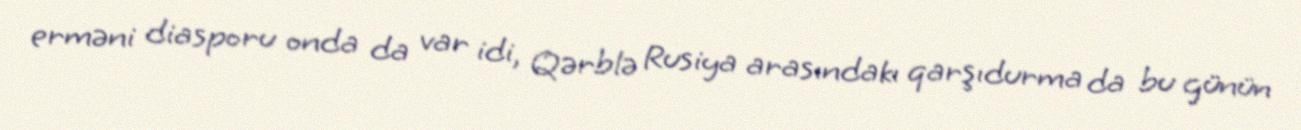
erməni diasporu onda da var idi, Qərblə Rusiya arasındakı qarşıdurma da bu günün